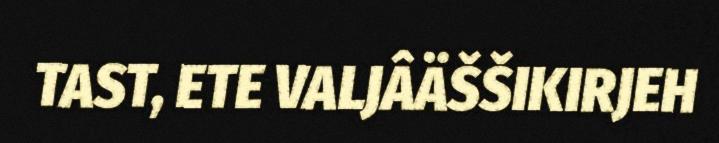
TAST, ETE VALJÂÄŠŠIKIRJEH